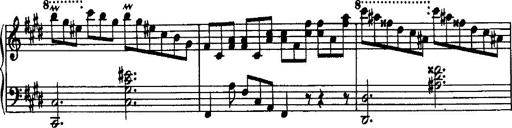
Title: Rondo di bravura
Composer: Franz Liszt